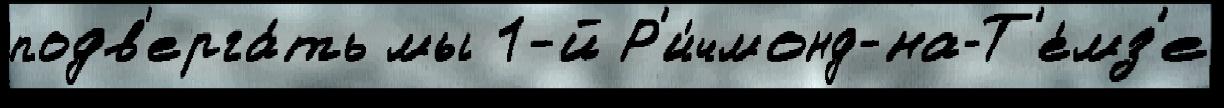
подв'ерга́ть мы 1-й Р'и́чмонд-на-Т'е́мз'е